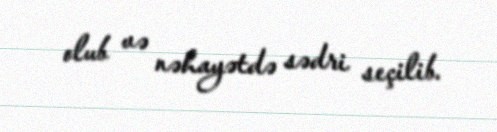
olub və nəhayətdə sədri seçilib.